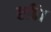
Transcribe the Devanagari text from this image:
छवि।